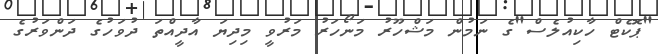
"ޕޮކެޓް ހާކިއުލެސް"ގެ ނަމުން މަޝްހޫރު މަނޯހަރު މަރުވީ މިދިޔަ އާދީއްތަ ދުވަހުގެ ދަންވަރުގެ